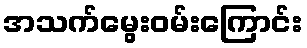
အသက်မွေးဝမ်းကြောင်း